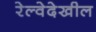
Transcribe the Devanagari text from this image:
रेल्वेदेखील